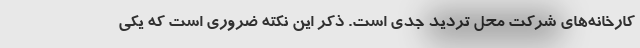
کارخانه‌های شرکت محل تردید جدی است. ذکر این نکته ضروری است که یکی